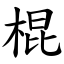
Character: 棍